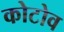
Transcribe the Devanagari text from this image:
कोटोव